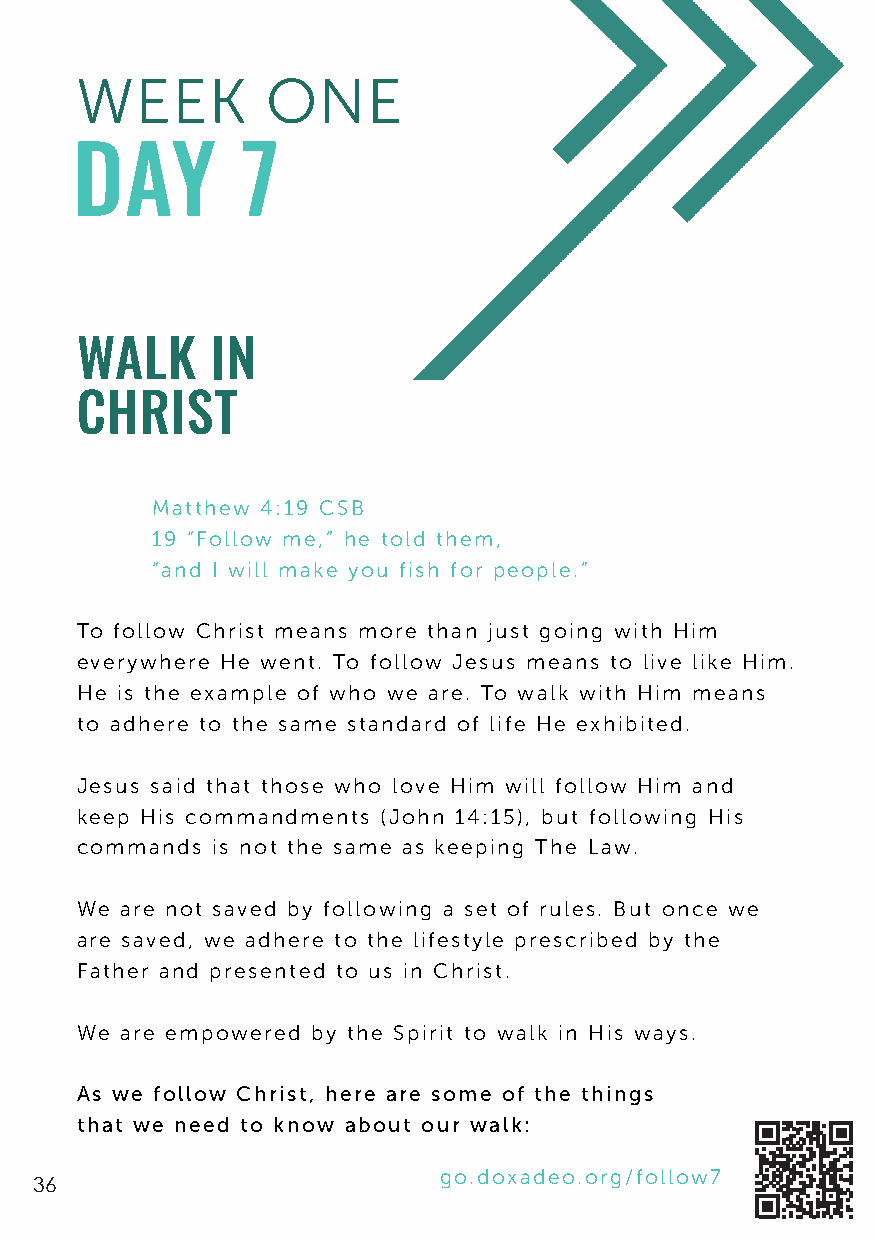
WEEK         ONE
 DAY        7
 WALK     IN
 CHRIST
 Matthew 4:19 CSB
 19 “Follow me,” he told them,
 “and I will make you fish for people.”
 To follow Christ means more than just going with Him
 everywhere He went. To follow Jesus means to live like Him.
 He is the example of who we are. To walk with Him means
 to adhere to the same standard of life He exhibited.
 Jesus said that those who love Him will follow Him and
 keep His commandments (John 14:15), but following His
 commands is not the same as keeping The Law.
 We are not saved by following a set of rules. But once we
 are saved, we adhere to the lifestyle prescribed by the
 Father and presented to us in Christ.
 We are empowered by the Spirit to walk in His ways.
 As we follow Christ, here are some of the things
 that we need to know about our walk:
 go.doxadeo.org/follow7
 36